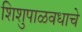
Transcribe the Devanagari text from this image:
शिशुपाळवधाचे